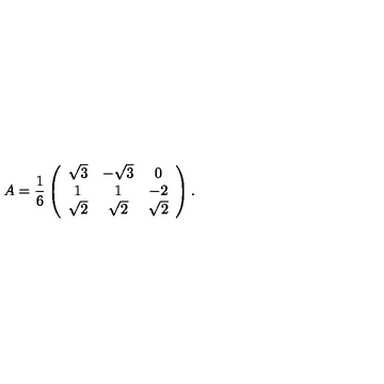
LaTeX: A = \frac { 1 } { 6 } \left( \begin{array} { c c c c } { \sqrt { 3 } } & { - \sqrt { 3 } } & { 0 } \\ { 1 } & { 1 } & { - 2 } \\ { \sqrt { 2 } } & { \sqrt { 2 } } & { \sqrt { 2 } } \\ \end{array} \right) .